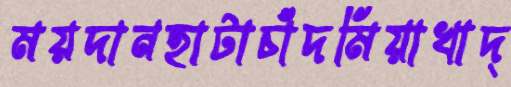
ময়দানহাটাচাঁদমিয়াখাদ্